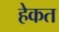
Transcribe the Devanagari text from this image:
हेकत